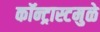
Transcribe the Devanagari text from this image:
कॉन्ट्रास्टमुळे